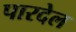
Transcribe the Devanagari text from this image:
पारदेल